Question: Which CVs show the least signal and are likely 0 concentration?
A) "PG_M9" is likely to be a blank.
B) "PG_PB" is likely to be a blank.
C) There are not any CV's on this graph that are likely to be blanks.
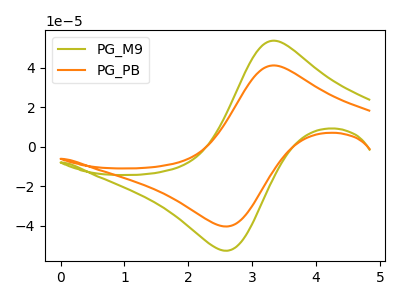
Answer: <think>The olive curve "PG_M9" has an anodic peak at (3.35V, 53.70uA) and a cathodic peak at (2.55V, -52.55uA). The orange curve "PG_PB" has an anodic peak at (3.35V, 41.20uA) and a cathodic peak at (2.55V, -40.30uA).</think>
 <answer>C) There are not any CV's on this graph that are likely to be blanks.</answer>
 <eval>C</eval>